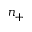
n _ { + }